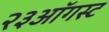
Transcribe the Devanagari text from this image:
२३ऑगस्ट